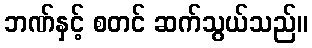
ဘဏ်နှင့် စတင် ဆက်သွယ်သည်။